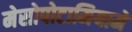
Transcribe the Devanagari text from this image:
मेसोपोटामियामें